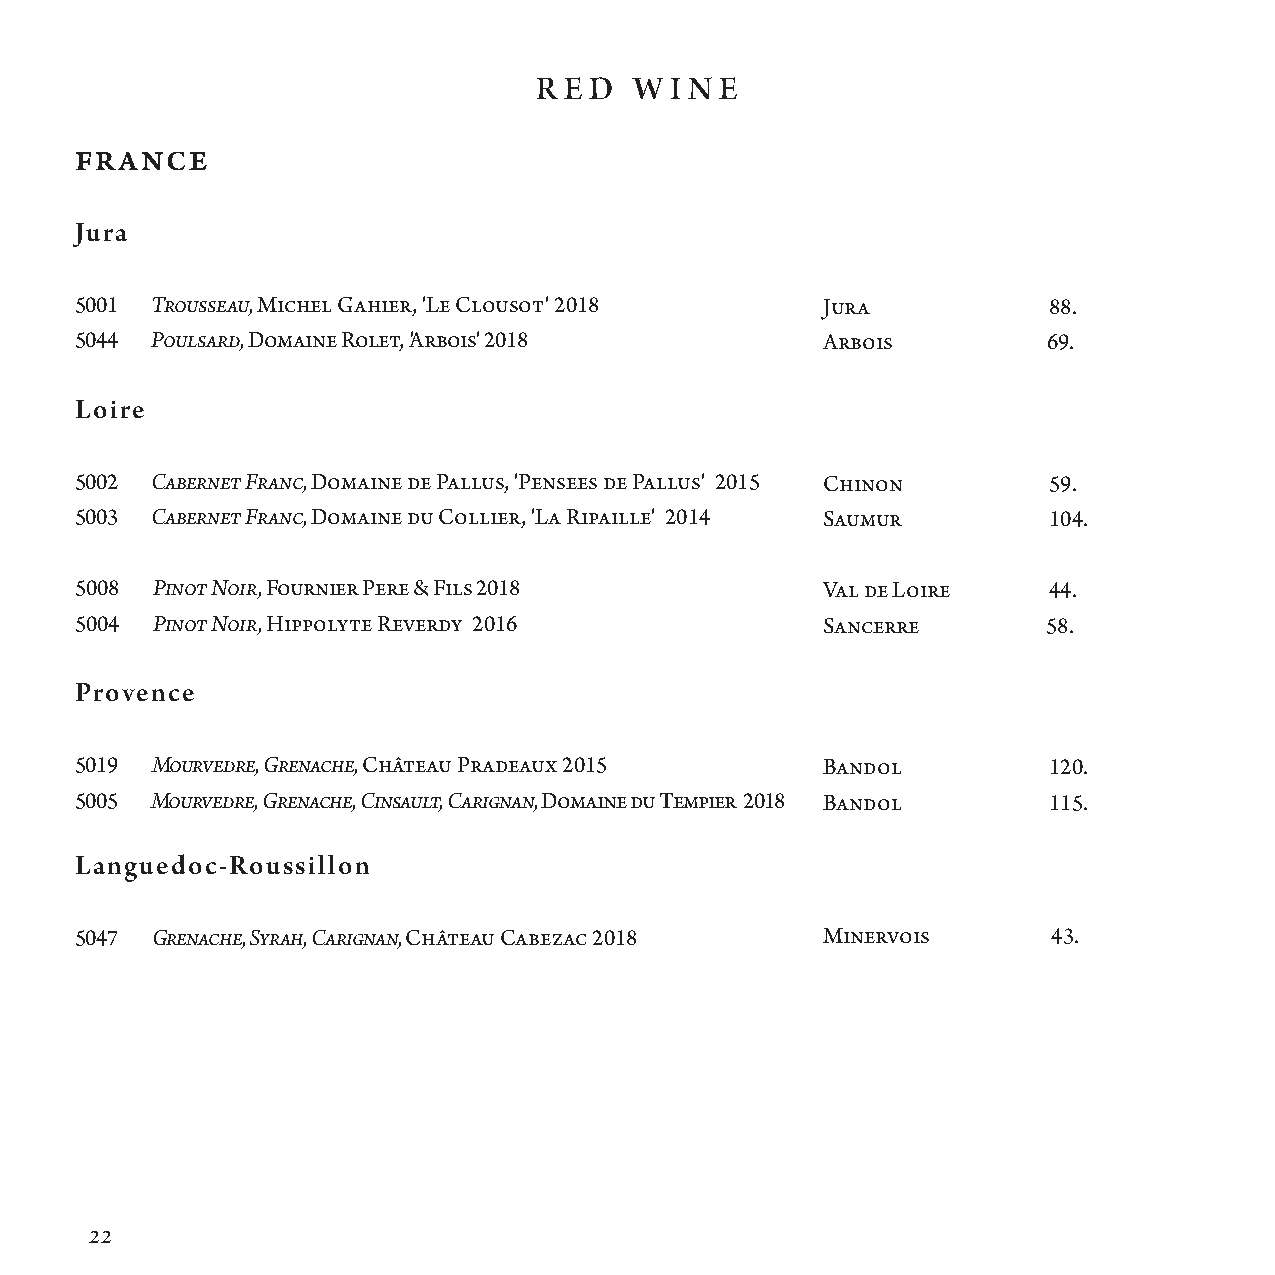
R E D  W I N E
 FRANCE
 Jura
 5001 Trousseau, Michel Gahier, 'Le Clousot' 2018  Jura          88.
 5044 Poulsard, Domaine Rolet, 'Arbois' 2018       Arbois        69.
 Loire
 5002 Cabernet Franc, Domaine de Pallus, 'Pensees de Pallus' 2015 Chi n on 59.
 5003 Cabernet Franc, Domaine du Collier, 'La Ripaille' 2014 Saumur 104.
 5008 Pinot Noir, Fournier Pere & Fils 2018        Val de Loire  44.
 5004 Pinot Noir, Hippolyte Reverdy 2016           Sancerre      58.
 Provence
 5019 Mourvedre, Grenache, Château Pradeaux 2015   Bandol        120.
 5005 Mourvedre, Grenache, Cinsault, Carignan, Domaine du Tempier 2018 Ban dol 115.
 Languedoc-Roussillon
 5047 Grenache, Syrah, Carignan, Château Cabezac 2018 Minervois   43.
 22